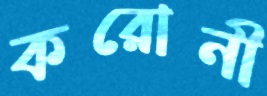
করোনী